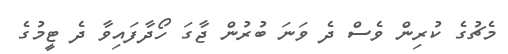
މެޗުގެ ކުރިން ވެސް ދެ ވަނަ ބުރުން ޖާގަ ހޯދާފައިވާ ދެ ޓީމުގެ